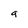
Character: a